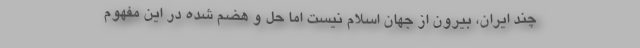
چند ایران، بیرون از جهان اسلام نیست اما حل و هضم شده در این مفهوم